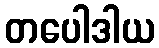
တပေါဒါယ